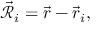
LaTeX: { \vec { \mathcal { R } } } _ { i } = { \vec { r } } - { \vec { r } } _ { i } ,